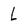
Character: L